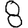
Digit: 8